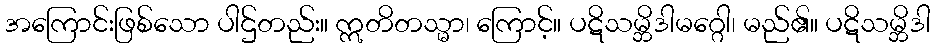
အကြောင်းဖြစ်သော ပါဌ်တည်း။ ဣတိတသ္မာ၊ ကြောင့်။ ပဋိသမ္ဘိဒါမဂ္ဂေါ၊ မည်၏။ ပဋိသမ္ဘိဒါ